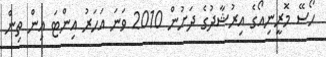
ހޯސޭ މޮރީނިއޯގެ އިރުޝާދުގެ ދަށުން 2010 ވަނަ އަހަރު އިންޓަ އިން ތިން